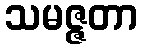
သမဇ္ဇတာ